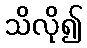
သိလို၍